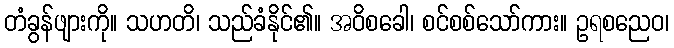
တံခွန်ဖျားကို။ သဟတိ၊ သည်ခံနိုင်၏။ အဝိစခေါ၊ စင်စစ်သော်ကား။ ဥရစညေဝ၊